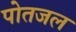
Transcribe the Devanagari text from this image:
पोतजल